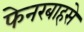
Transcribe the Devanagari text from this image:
फेनरबाहसे